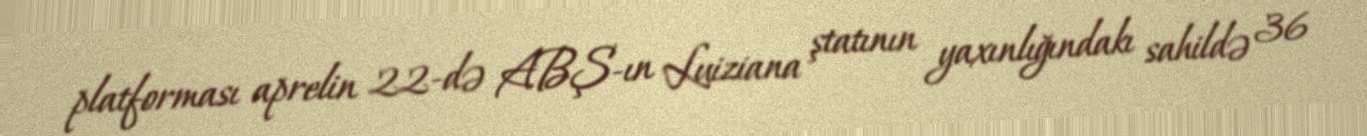
platforması aprelin 22-də ABŞ-ın Luiziana ştatının yaxınlığındakı sahildə 36